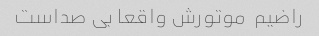
راضیم  موتورش واقعا بی صداست